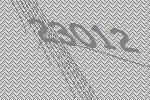
23012